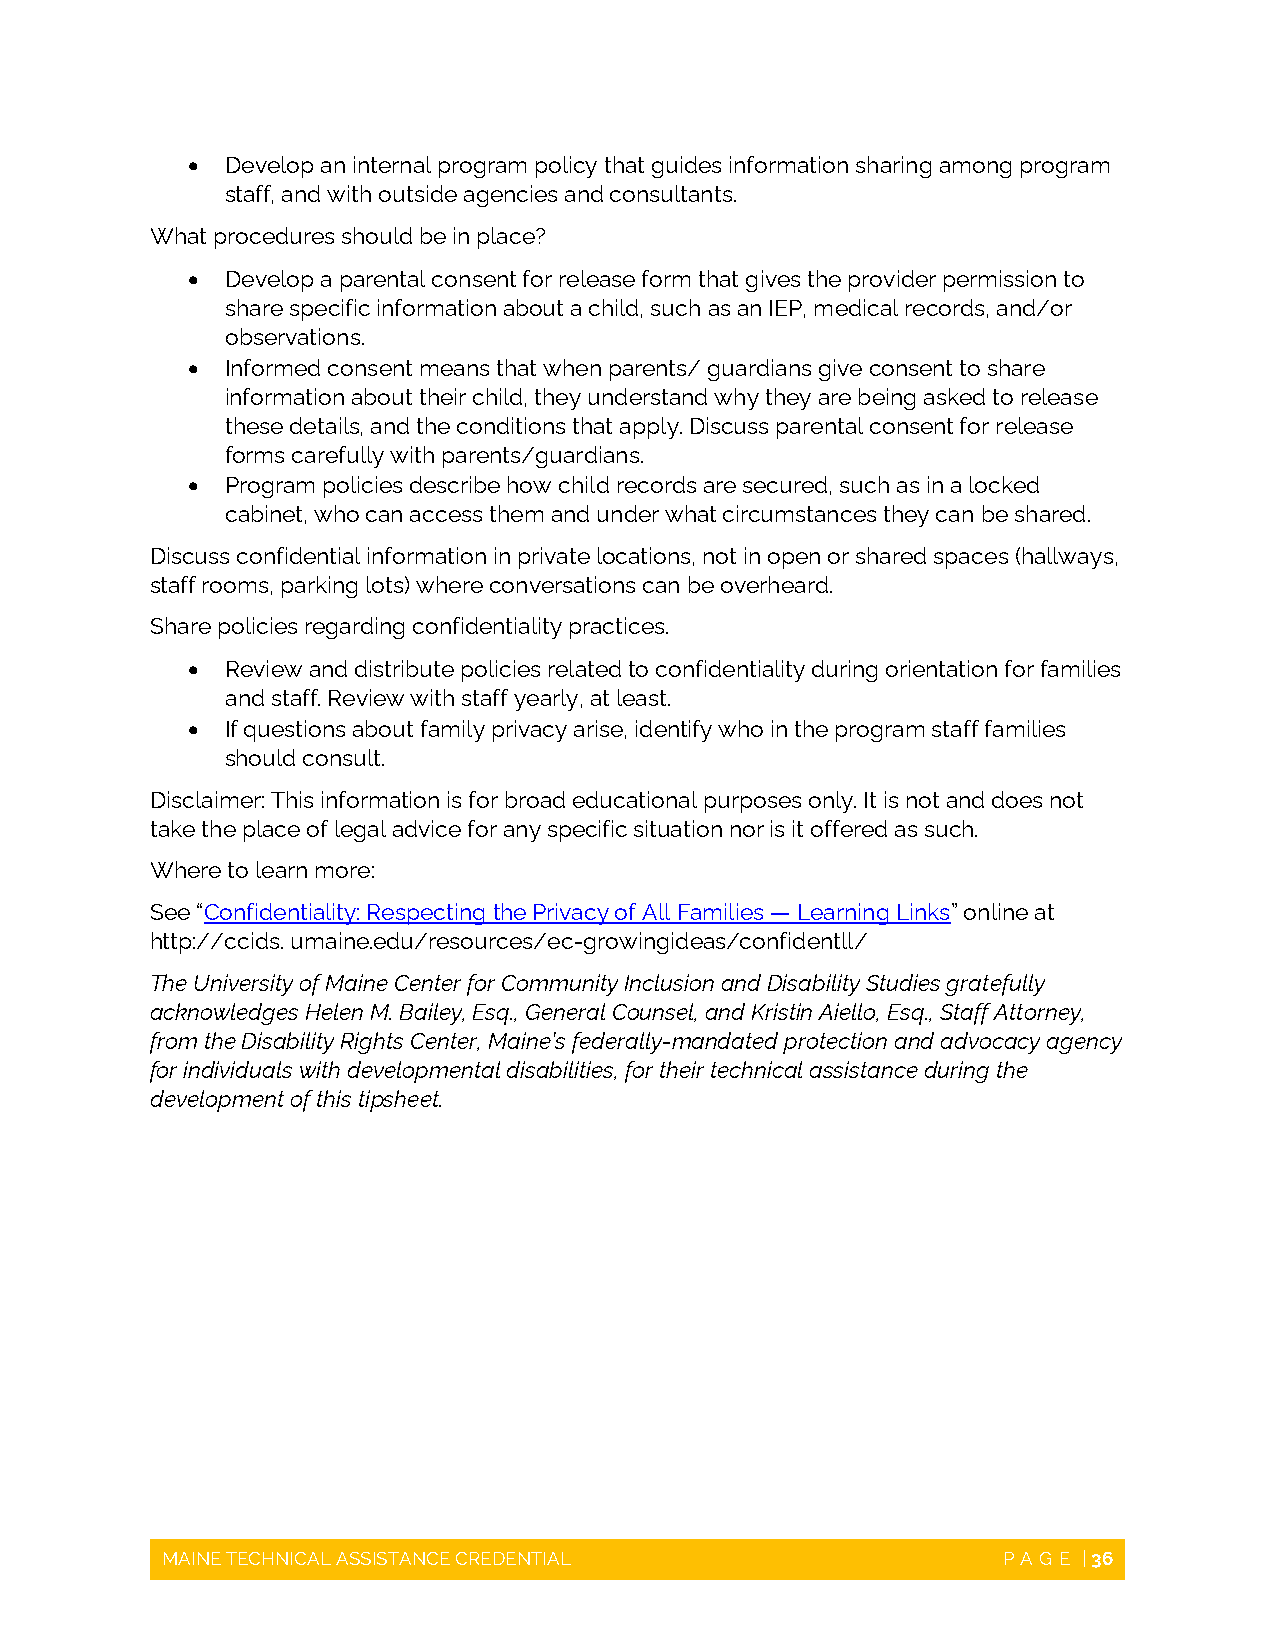
  Develop an internal program policy that guides information sharing among program
 staff, and with outside agencies and consultants.
 What procedures should be in place?
   Develop a parental consent for release form that gives the provider permission to
 share specific information about a child, such as an IEP, medical records, and/or
 observations.
   Informed consent means that when parents/ guardians give consent to share
 information about their child, they understand why they are being asked to release
 these details, and the conditions that apply. Discuss parental consent for release
 forms carefully with parents/guardians.
   Program policies describe how child records are secured, such as in a locked
 cabinet, who can access them and under what circumstances they can be shared.
 Discuss confidential information in private locations, not in open or shared spaces (hallways,
 staff rooms, parking lots) where conversations can be overheard.
 Share policies regarding confidentiality practices.
   Review and distribute policies related to confidentiality during orientation for families
 and staff. Review with staff yearly, at least.
   If questions about family privacy arise, identify who in the program staff families
 should consult.
 Disclaimer: This information is for broad educational purposes only. It is not and does not
 take the place of legal advice for any specific situation nor is it offered as such.
 Where to learn more:
 See “Confidentiality: Respecting the Privacy of All Families — Learning Links” online at
 http://ccids. umaine.edu/resources/ec-growingideas/confidentll/
 The University of Maine Center for Community Inclusion and Disability Studies gratefully
 acknowledges Helen M. Bailey, Esq., General Counsel, and Kristin Aiello, Esq., Staff Attorney,
 from the Disability Rights Center, Maine’s federally-mandated protection and advocacy agency
 for individuals with developmental disabilities, for their technical assistance during the
 development of this tipsheet.
 MAINE TECHNICAL ASSISTANCE CREDENTIAL                  PAGE  | 36